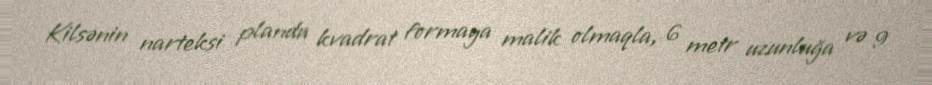
Kilsənin narteksi planda kvadrat formaya malik olmaqla, 6 metr uzunluğa və 9